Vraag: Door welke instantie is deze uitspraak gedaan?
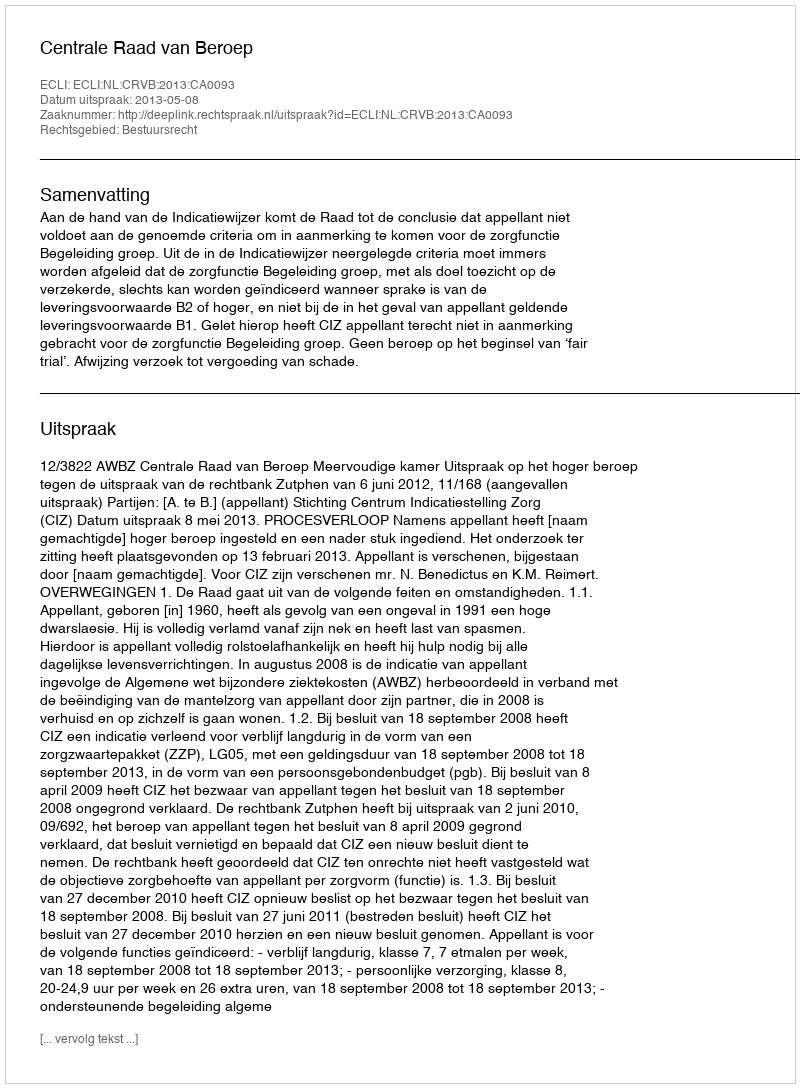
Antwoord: Centrale Raad van Beroep